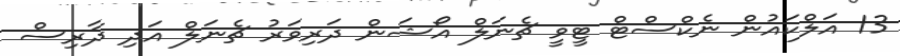
13 އަލްކައުން ނެކްސްޓް ޓީވީ ޗެނަލް އޯޝަން ދަރިވަރު ޗެނަލް އަދި ދާރިސް